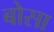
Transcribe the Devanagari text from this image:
बोसा